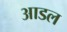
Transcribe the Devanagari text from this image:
आडल